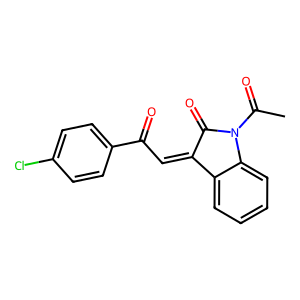
SMILES: CC(=O)N1C(=O)C(=CC(=O)c2ccc(Cl)cc2)c2ccccc21
Inhibits HIV replication: No